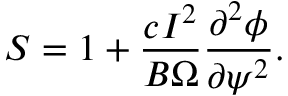
S = 1 + \frac { c I ^ { 2 } } { B \Omega } \frac { \partial ^ { 2 } \phi } { \partial \psi ^ { 2 } } .